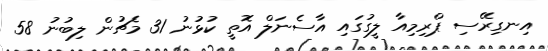
އިނގިރޭސި ޕްރިމިއާ ލީގުގައި އާސެނަލް އޮތީ ކުޅުނު 31 މެޗުން ލިބުނު 58